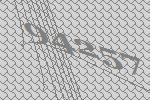
94257